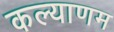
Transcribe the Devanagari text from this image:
कल्‍याणम